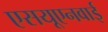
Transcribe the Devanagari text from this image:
एसयूएनवाई